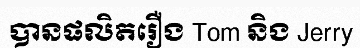
បានផលិតរឿង Tom និង Jerry